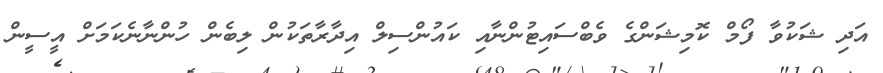
އަދި ޝަކުވާ ފޯމް ކޮމިޝަންގެ ވެބްސައިޓުންނާއި ކައުންސިލް އިދާރާތަކުން ލިބެން ހުންނާނެކަމަށް އީސީން